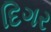
દિગર